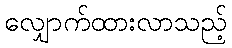
လျှောက်ထားလာသည့်